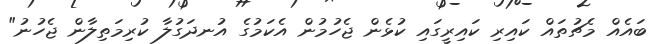
ބައެއް މެޗުތައް ކައިރި ކައިރީގައި ކުޅެން ޖެހުމުން އެކަމުގެ އުނދަގުލާ ކުރިމަތިލާން ޖެހުނު"